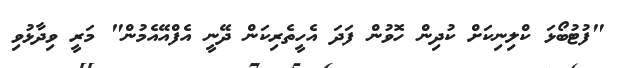
"ފުޓުބޯޅަ ކްލިނިކަށް ކުދިން ހޮވުން ފަދަ އެހީތެރިކަން ދޭނީ އެފްއޭއެމުން" މަރީ ވިދާޅުވި